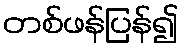
တစ်ဖန်ပြန်၍